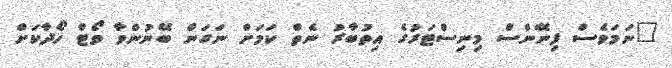
"ނަމަވެސް ފިނޭންސް މިނިސްޓަރުގެ އިތުބާރު ނެތް ކަމަށް ނަގަން ބޭނުންވާ ވޯޓް ހޯދާކަށް